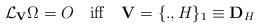
LaTeX: \begin{align*}{\cal L}_{{\bf V}}\Omega = O\quad {\rm iff}\quad {\bf V}=\{.,H\}_1 \equiv {\bf D}_{H} \end{align*}